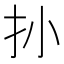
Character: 𱟪